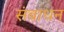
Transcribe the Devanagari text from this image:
संबाधन